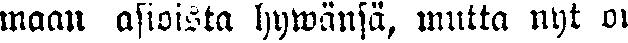
maan asioista hywänsä, mutta nyt on